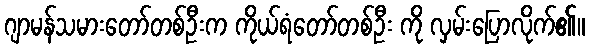
ဂျာမန်သမားတော်တစ်ဦးက ကိုယ်ရံတော်တစ်ဦး ကို လှမ်းပြောလိုက်၏။